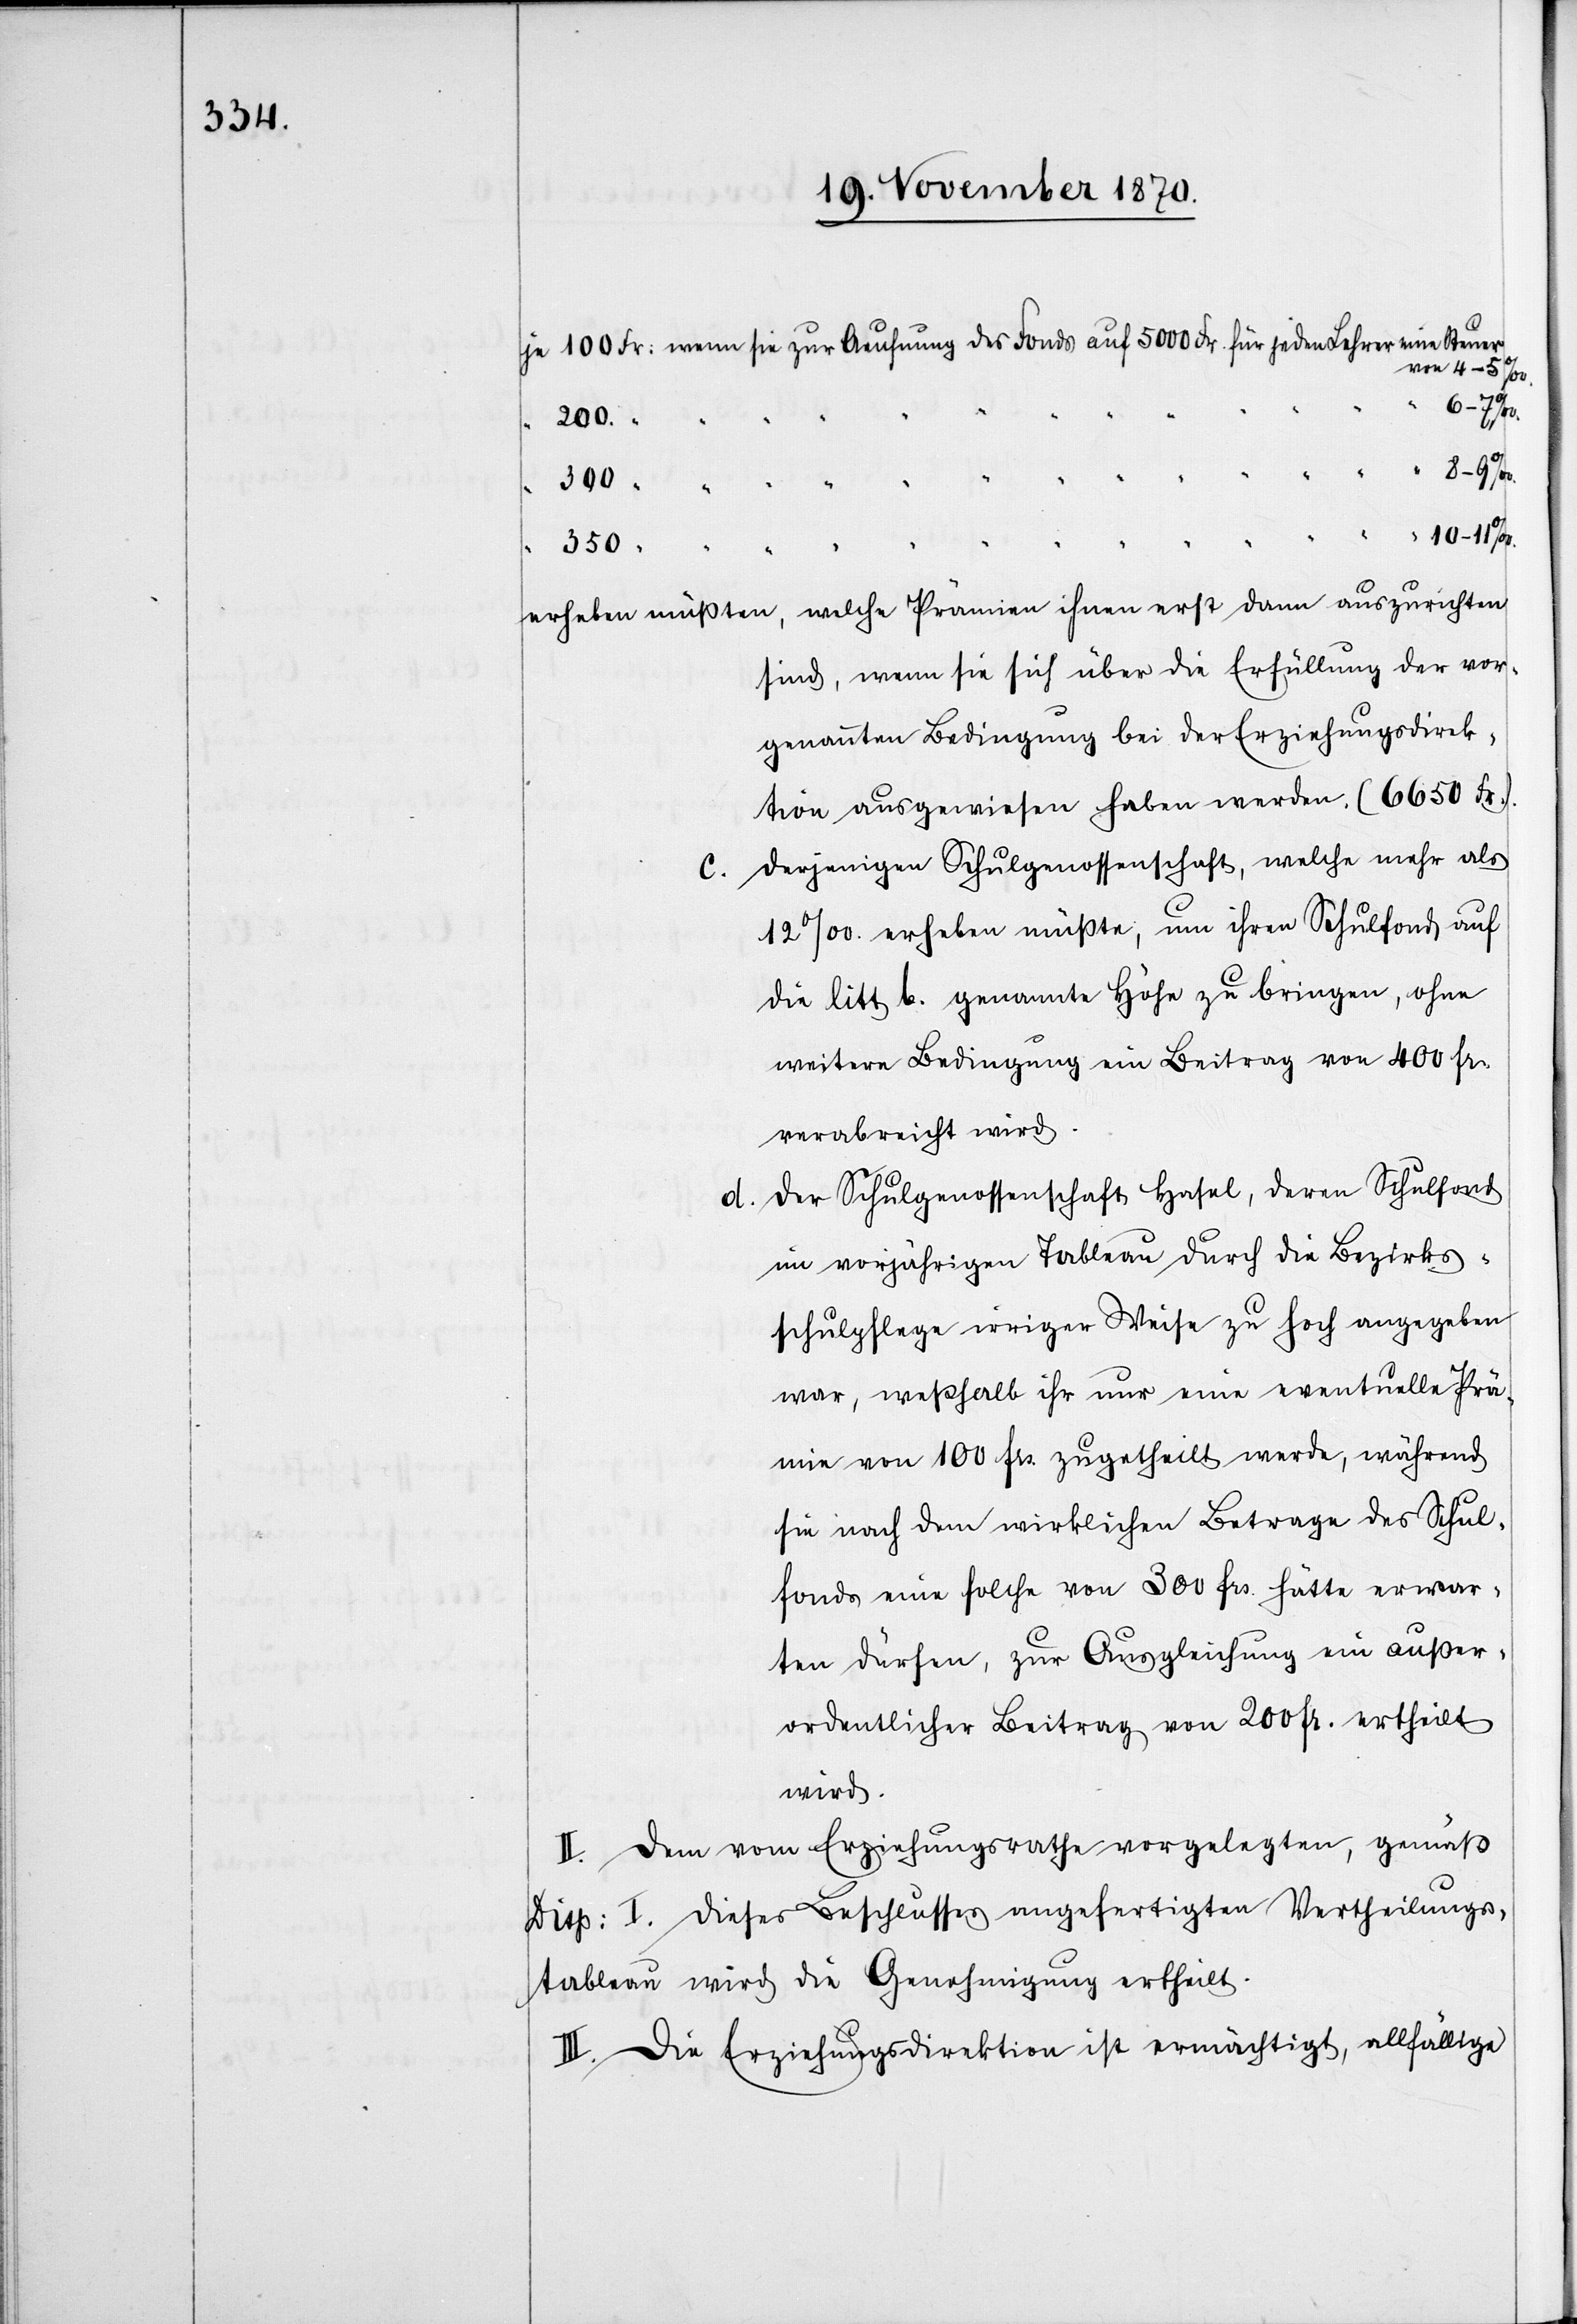
je 100 Fr: wenn sie zur Aeufnung des Fonds auf 5000 Fr. für jeden Lehrer eine Steuer
von 4–5‰.
300 “
“ “
350
erheben müßten, welche Prämien ihnen erst dann auszurichten
sind, wenn sie sich über die Erfüllung der vor¬
genannten Bedingung bei der Erziehungsdirek¬
tion ausgewiesen haben werden. (6650 Fr.).
Derjenigen Schulgenossenschaft, welche mehr als
12‰. erheben müßte, um ihren Schulfonds auf
die litt. b. genannte Höhe zu bringen, ohne
weitere Bedingung ein Beitrag von 400 Fr.
verabreicht wird.
d. Der Schulgenossenschaft Hasel, deren Schulfond
im vorjährigen Tableau durch die Bezirks¬
schulpflege irriger Weise zu hoch angegeben
war, weßhalb ihr nur eine eventuelle Prä¬
mie von 100 Frs. zugetheilt werde, während
sie nach dem wirklichen Betrage des Schul¬
fonds eine solche von 300 Frs. hätte erwar¬
ten dürfen, zur Ausgleichung ein außer¬
ordentlicher Beitrag von 200 Fr. ertheilt
wird.
II. Dem vom Erziehungsrath vorgelegten, gemäß
Disp: I. dieses Beschlusses angefertigten Vertheilungs¬
tableau wird die Genehmigung ertheilt.
III. Die Erziehungsdirektion ist ermächtigt, allfällige